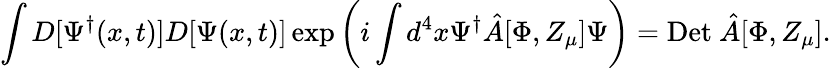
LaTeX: \int D[\Psi^{\dagger}(x,t)]D[\Psi(x,t)]\exp\left(i\int d^{4}x\Psi^{\dagger}\hat{A}[\Phi,Z_{\mu}]\Psi\right)=\mathrm{Det~}\hat{A}[\Phi,Z_{\mu}].